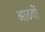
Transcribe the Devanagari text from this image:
आठवों